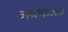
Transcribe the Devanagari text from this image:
अवकाळ